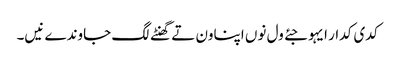
کدی کدار ایہو جئے ول نوں اپناون تے گھنٹے لگ جاوندے نیں۔